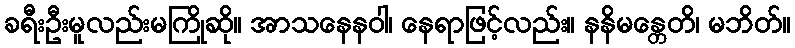
ခရီးဦးမူလည်းမကြိုဆို။ အာသနေနဝါ၊ နေရာဖြင့်လည်း။ နနိမန္တေတိ၊ မဘိတ်။